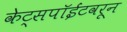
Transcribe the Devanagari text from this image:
केट्सपॉईंटवरून